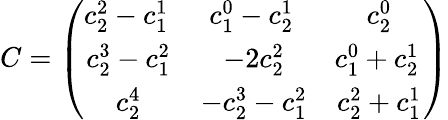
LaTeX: C=\left(\begin{array}{ccc}{{\begin{array}{c}{{c_{2}^{2}-c_{1}^{1}}}\end{array}\, }}&{{\begin{array}{c}{{c_{1}^{0}-c_{2}^{1}}}\end{array}\, }}&{{\begin{array}{c}{{c_{2}^{0}}}\end{array}}}\\ {{\begin{array}{c}{{c_{2}^{3}-c_{1}^{2}}}\end{array}}}&{{\begin{array}{c}{{-2c_{2}^{2}}}\end{array}}}&{{\begin{array}{c}{{c_{1}^{0}+c_{2}^{1}}}\end{array}\, }}\\ {{\begin{array}{c}{{c_{2}^{4}}}\end{array}}}&{{\begin{array}{c}{{-c_{2}^{3}-c_{1}^{2}}}\end{array}}}&{{\begin{array}{c}{{c_{2}^{2}+c_{1}^{1}}}\end{array}}}\end{array}\right)